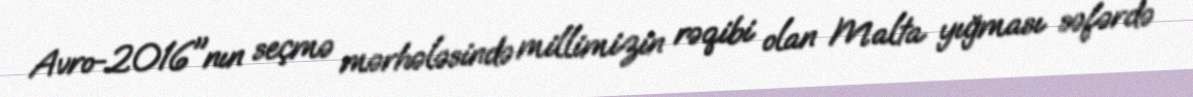
Avro-2016"nın seçmə mərhələsində millimizin rəqibi olan Malta yığması səfərdə